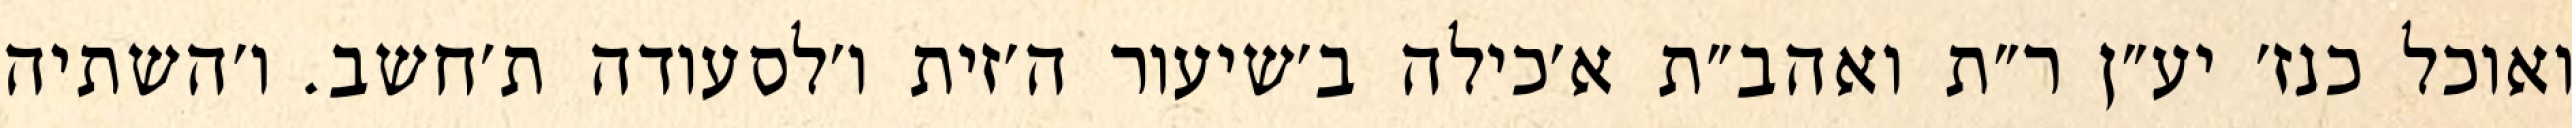
ואוכל כנז׳ יע״ן ר״ת ואהב״ת א׳כילה ב׳שיעור ה׳זית ו׳לסעודה ת׳חשב. ו׳השתיה